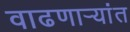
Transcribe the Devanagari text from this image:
वाढणार्‍यांत